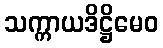
သက္ကာယဒိဋ္ဌိမေဝ